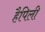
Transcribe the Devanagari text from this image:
हैपिली